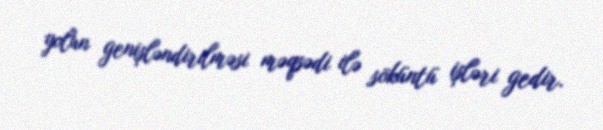
yolun genişləndirilməsi məqsədi ilə söküntü işləri gedir.